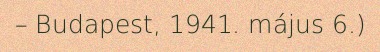
– Budapest, 1941. május 6.)